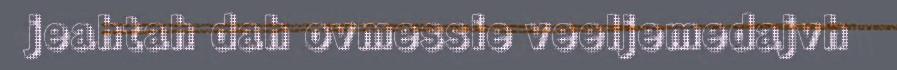
jeahtah dah ovmessie veeljemedajvh